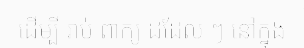
ដើម្បី រាប់ ពាក្យ ដដែល ៗ នៅក្នុង